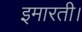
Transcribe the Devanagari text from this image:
इमारती।